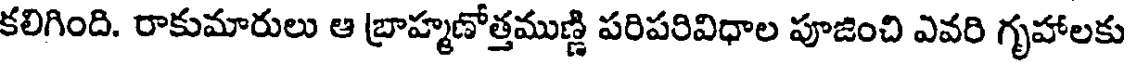
కలిగింది. రాకుమారులు ఆ బ్రాహ్మణోత్తముణ్ణి పరిపరివిధాల పూజించి ఎవరి గృహాలకు